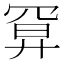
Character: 𢍔